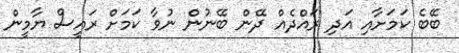
ބޭބެ ކަމަށާއި އަދި ރައްދެއް ދޭން ބޭނުން ނުވާ ކަމަށް ރައީސް ޔާމީން